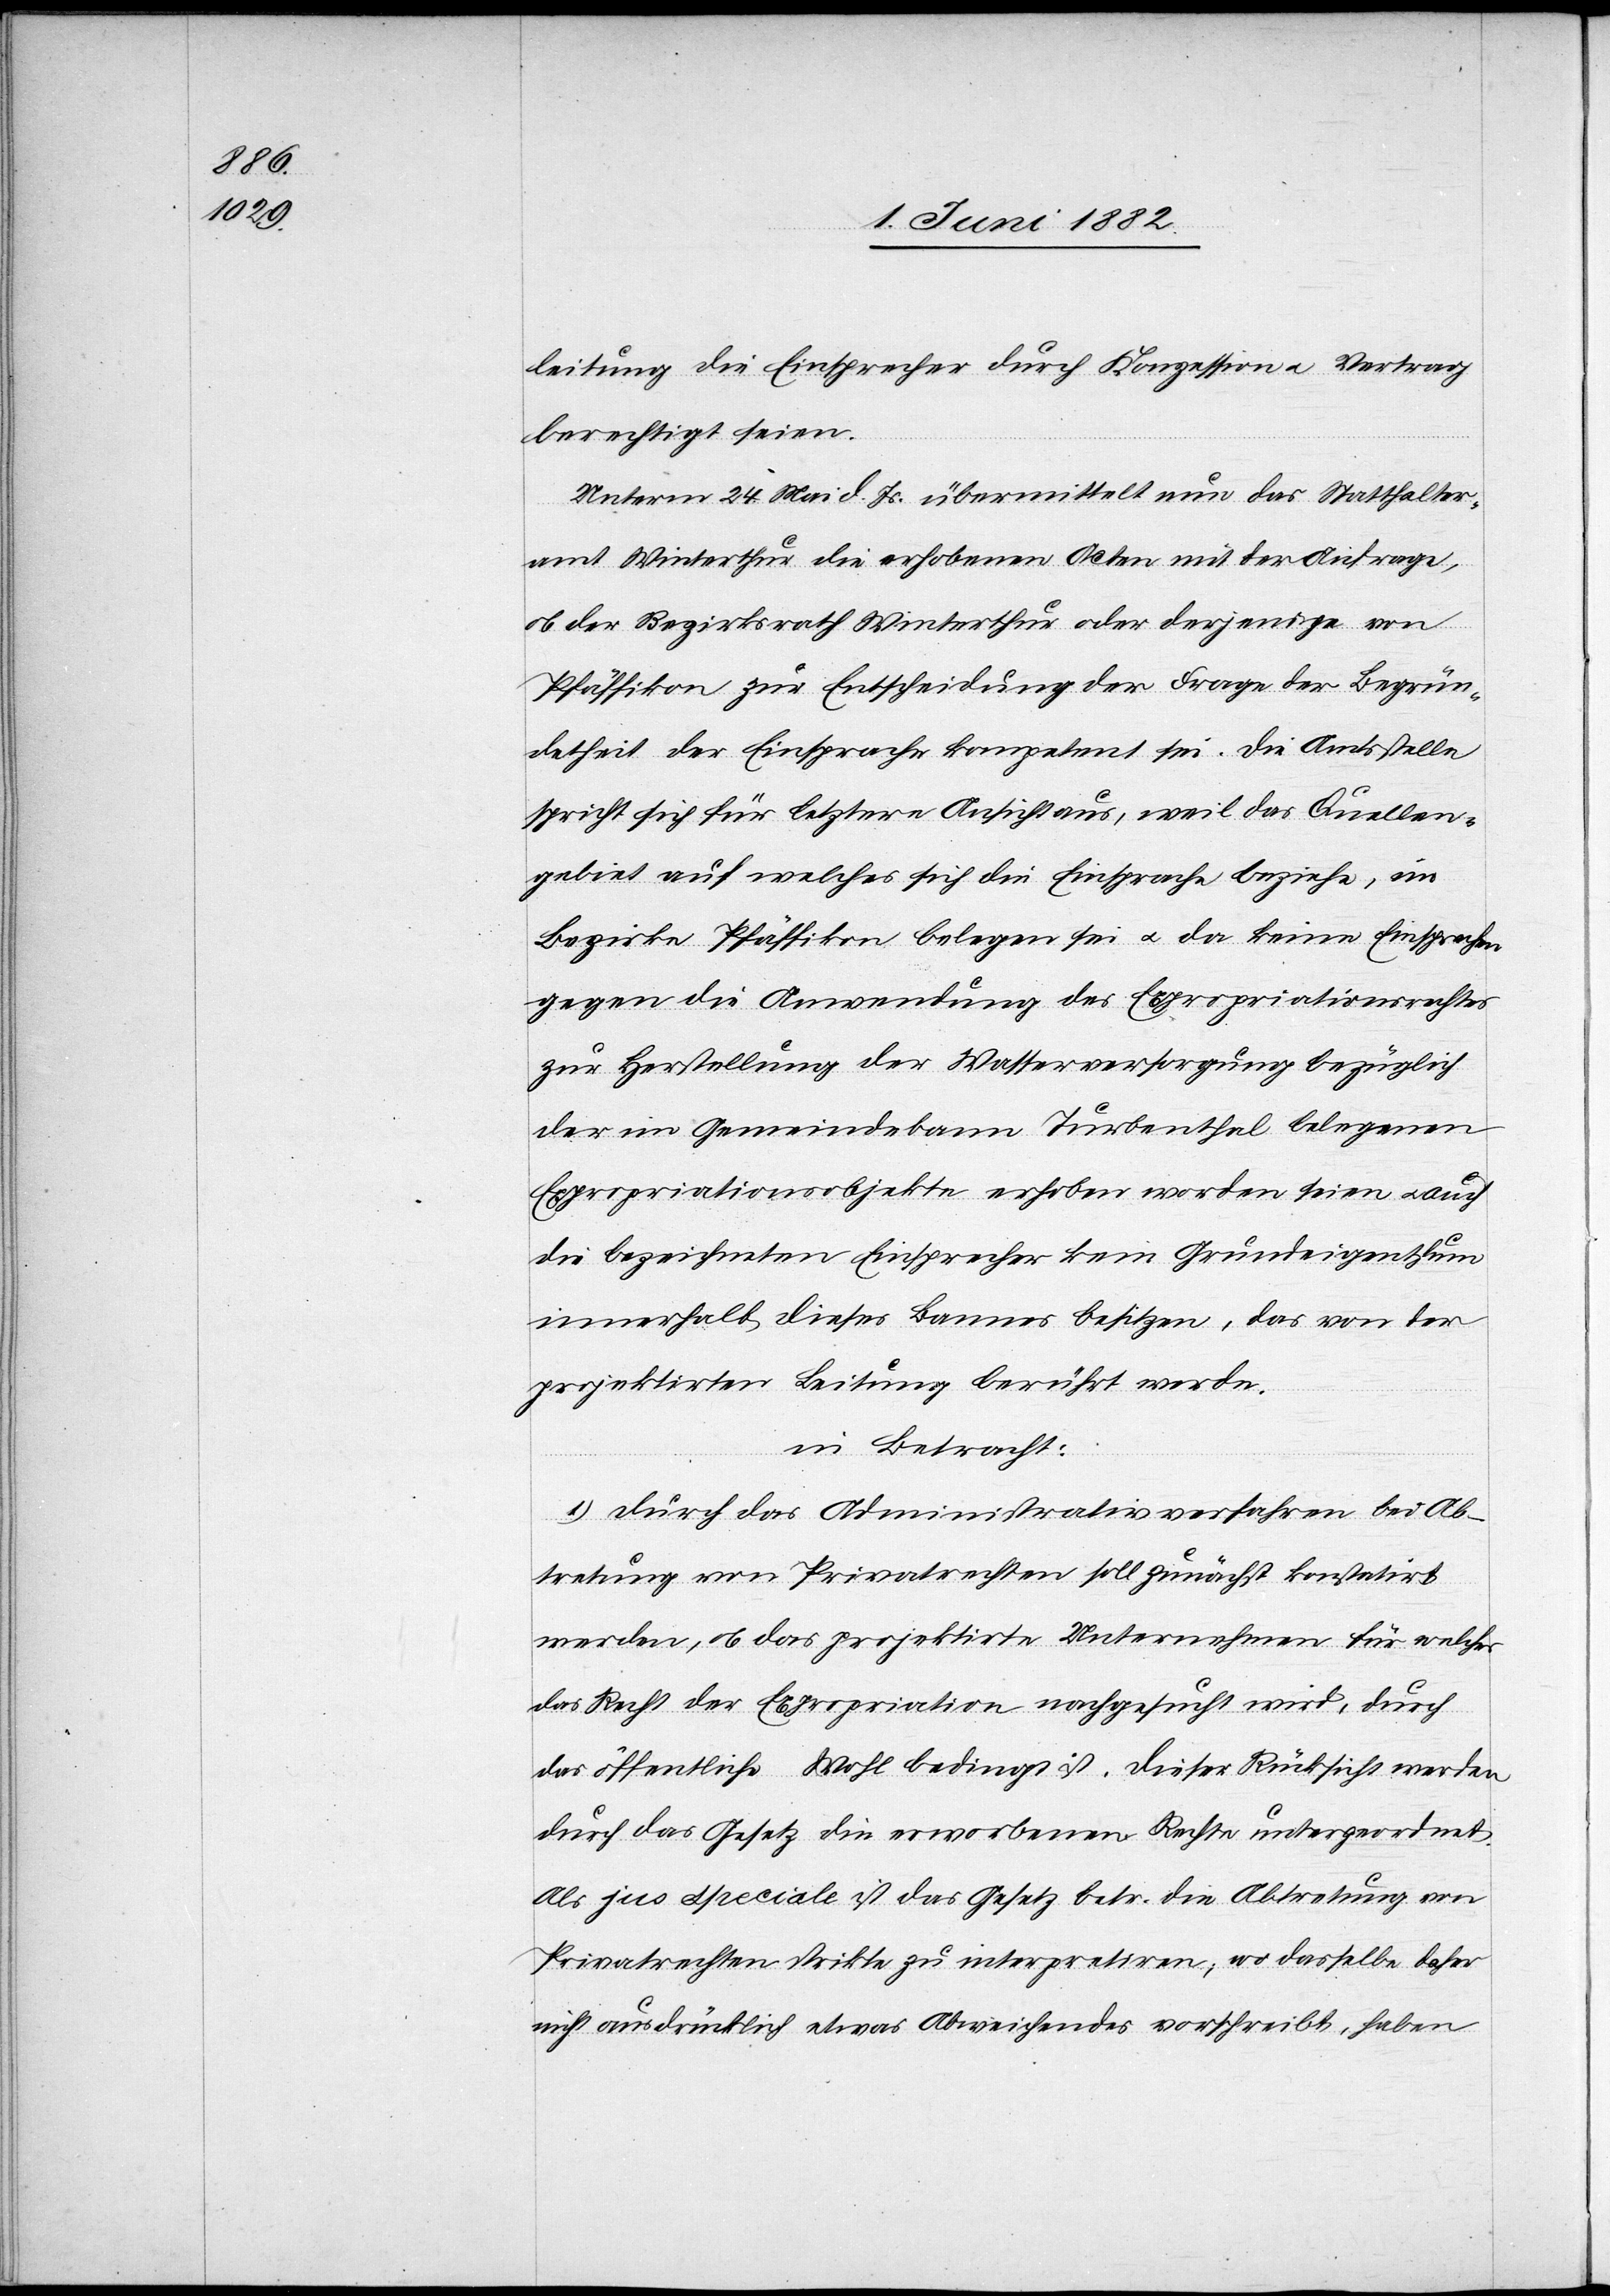
leitung die Einsprache durch Konzession u. Vertrag
berechtigt seien.
Unterm 24. Mai d. Js. übermittelt nun das Statthalter¬
amt Winterthur die erhobenen Acten mit der Anfrage,
ob der Bezirksrath Winterthur oder derjenige von
Pfäffikon zur Entscheidung der Frage der Begrün¬
detheit der Einsprache kompetent sei. Die Amtsstelle
spricht sich für letztere Ansicht aus, weil das Quellen¬
gebiet auf welches sich die Einsprache beziehe, im
Bezirke Pfäffikon belegen [sic!] sei u. da keine Einsprachen
gegen die Anwendung des Expropriationsrechtes
zur Herstellung der Wasserversorgung bezüglich
der im Gemeindebann Turbenthal belegenen
Expropriationsobjekte erhoben worden seien u. auch
die bezeichneten Einsprecher kein Grundeigenthum
innerhalb dieses Bannes besitzen, das von der
projektirten Leitung berührt werde.
in Betracht:
1. Durch das Administrativverfahren bei Ab¬
tretung von Privatrechten soll zunächst konstatirt
werden, ob das projektirte Unternehmen für welches
das Recht der Expropriation nachgesucht wird, durch
das öffentliche Wohl bedingt ist. Dieser Rücksicht werden
durch das Gesetz die erworbenen Rechte untergeordnet.
Als jus speciale ist das Gesetz betr. die Abtretung von
Privatrechten strikte zu interpretiren; wo dasselbe daher
nicht ausdrücklich etwas Abweichendes vorschreibt, haben